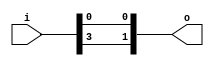
module bsg_concentrate_static_09
(
  i,
  o
);

  input [4:0] i;
  output [1:0] o;
  wire [1:0] o;
  assign o[1] = i[3];
  assign o[0] = i[0];

endmodule